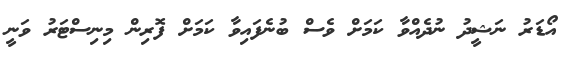
އޯޑަރު ނަޝީދު ނުދެއްވާ ކަމަށް ވެސް ބުނެފައިވާ ކަމަށް ފޮރިން މިނިސްޓަރު ވަނީ